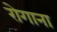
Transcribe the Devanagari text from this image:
रोगाना